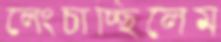
লেংচাচ্ছিলেম